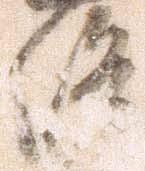
洛